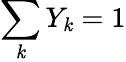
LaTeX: \sum_{\mathit{k}}Y_{\mathit{k}}=1